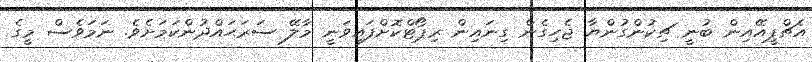
އެޗްޕީއޭއިން ބުނީ ޗިކުންގުންޔާ ޖެހިގެން ގިނައިން ރިޕޯޓްކޮށްފައިވަނީ މާލޭ ސަރަޙައްދުންކަމަށެވެ. ނަމަވެސް މީގެ